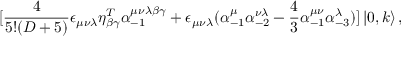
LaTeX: \lbrack \frac { 4 } { 5 ! ( D + 5 ) } \epsilon _ { \mu \nu \lambda } \eta _ { \beta \gamma } ^ { T } \alpha _ { - 1 } ^ { \mu \nu \lambda \beta \gamma } + \epsilon _ { \mu \nu \lambda } ( \alpha _ { - 1 } ^ { \mu } \alpha _ { - 2 } ^ { \nu \lambda } - \frac { 4 } { 3 } \alpha _ { - 1 } ^ { \mu \nu } \alpha _ { - 3 } ^ { \lambda } ) ] \left\vert 0 , k \right\rangle ,